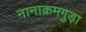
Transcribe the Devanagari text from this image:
नानाक्रमगुड़ा